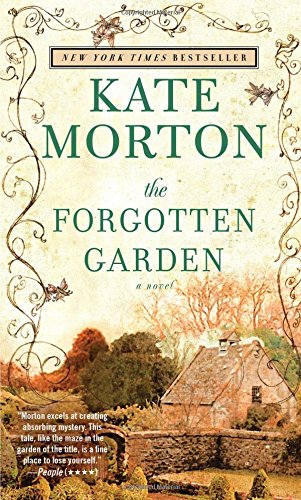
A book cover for The Forgotten Garden: A Novel; Kate Morton; Literature & Fiction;